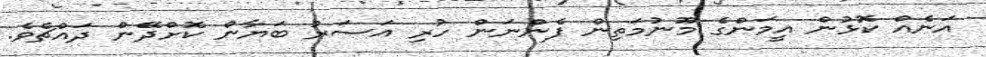
އަނެއް ކޮޅުން އީމަންގެ މޫނުމަތިން ފެންނަން ހުރި އަސަރު ބަޔާން ކޮށްދޭން ދައްޗެވެ.